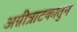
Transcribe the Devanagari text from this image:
अग्नीत्राटकातुन